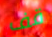
قف